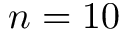
n = 1 0